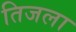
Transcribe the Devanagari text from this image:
तिजला